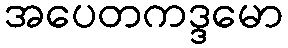
အပေတကဒ္ဒမော